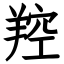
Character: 羫